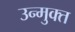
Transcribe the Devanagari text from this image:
उन्‍मुक्‍त